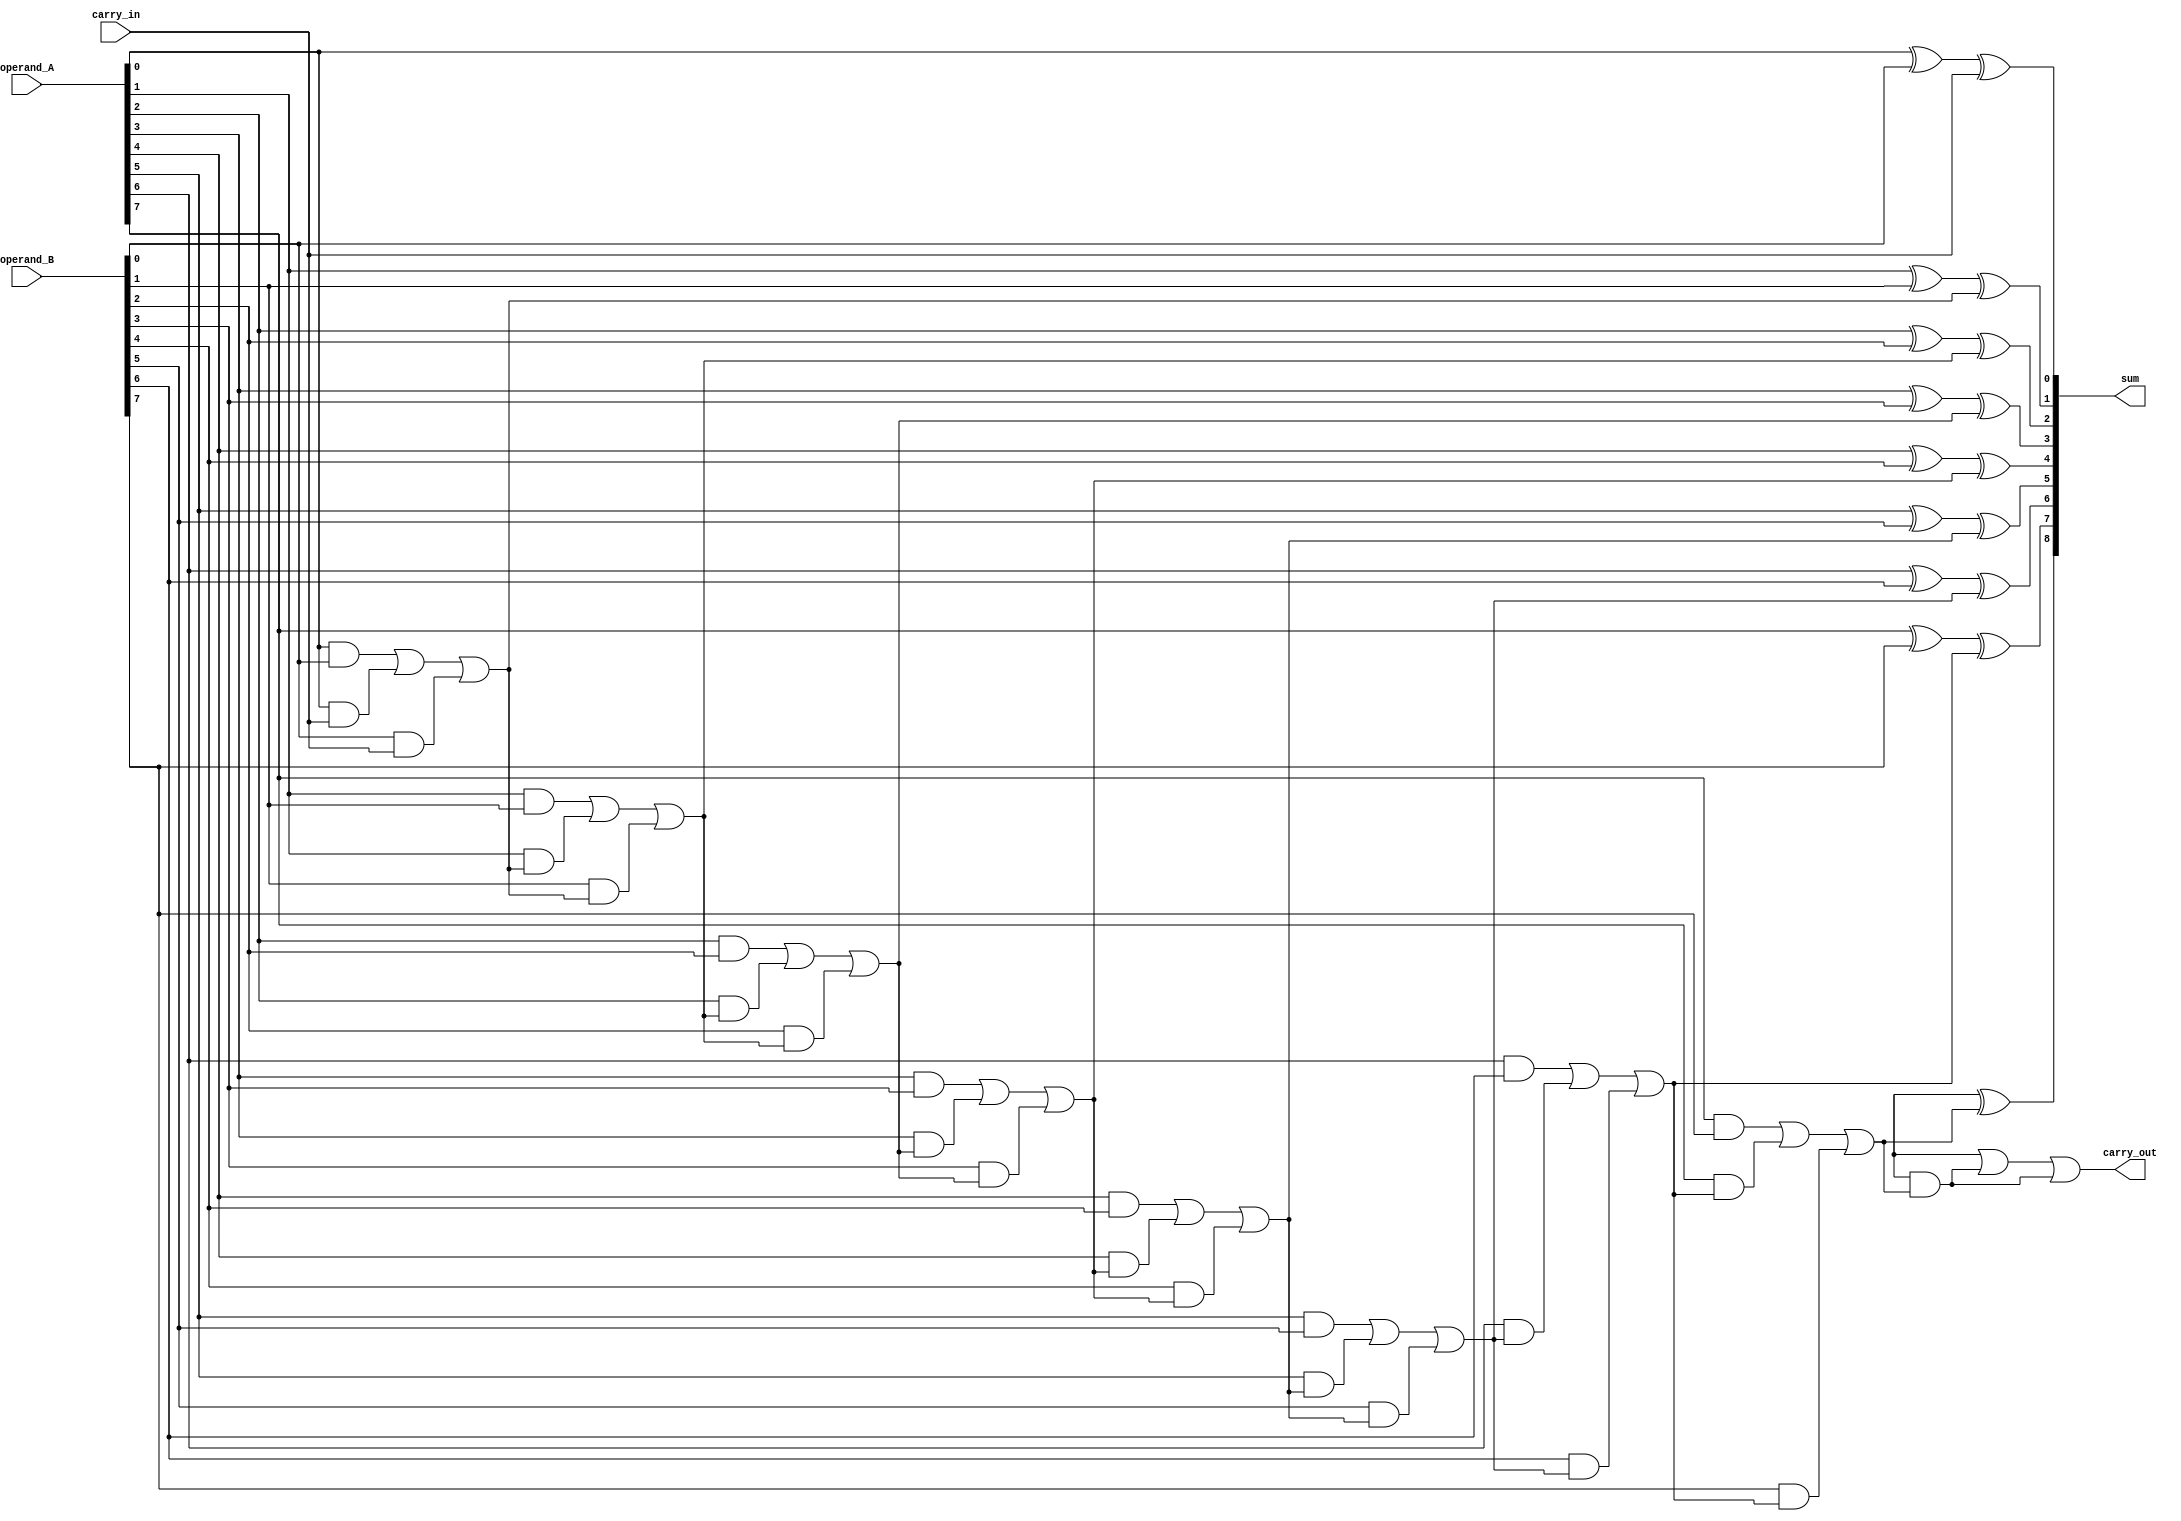
module manchester_carry_chain_adder (
    input [7:0] operand_A,
    input [7:0] operand_B,
    input carry_in,
    output [8:0] sum,
    output carry_out
);

wire [8:0] carry;

assign carry[0] = carry_in;

genvar i;
generate
    for (i = 0; i < 8; i = i + 1) begin
        assign sum[i] = operand_A[i] ^ operand_B[i] ^ carry[i];
        assign carry[i + 1] = (operand_A[i] & operand_B[i]) | (operand_A[i] & carry[i]) | (operand_B[i] & carry[i]);
    end
endgenerate

assign sum[8] = operand_A[8] ^ operand_B[8] ^ carry[8];
assign carry_out = (operand_A[8] & operand_B[8]) | (operand_A[8] & carry[8]) | (operand_B[8] & carry[8]);

endmodule